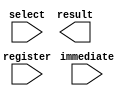
module op2_mux (input [1:0] select, input [7:0] register, immediate,
				output reg [7:0] result);
				


endmodule